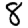
Digit: 8